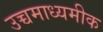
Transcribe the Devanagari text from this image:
उच्चमाध्यमीक